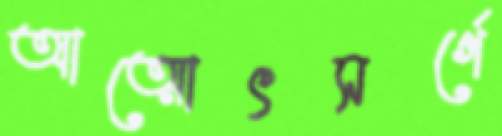
আত্মোৎসর্গে